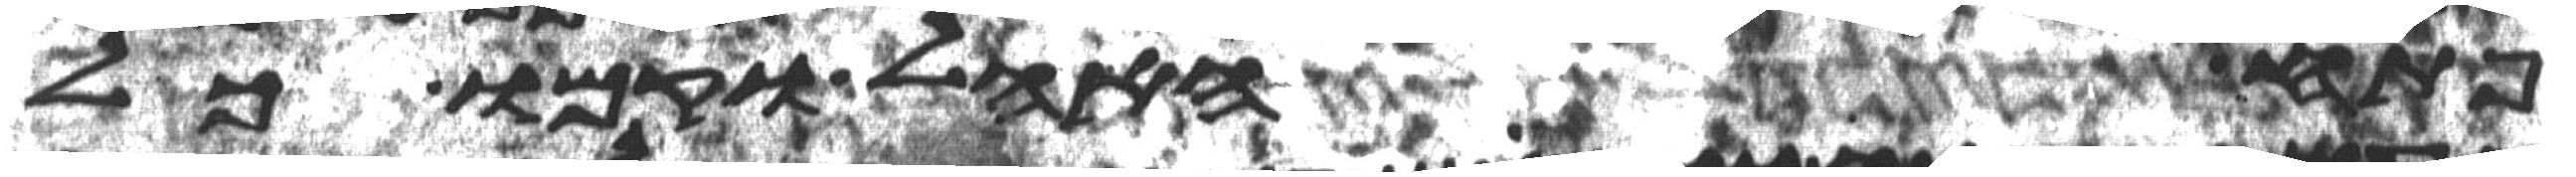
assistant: פתח האהל וקמו כל